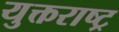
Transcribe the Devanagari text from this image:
युक्तराष्ट्र